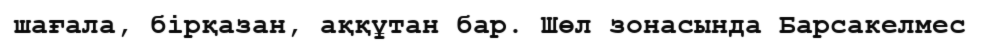
шағала, бірқазан, аққұтан бар. Шөл зонасында Барсакелмес